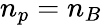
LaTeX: n_{p}=n_{B}